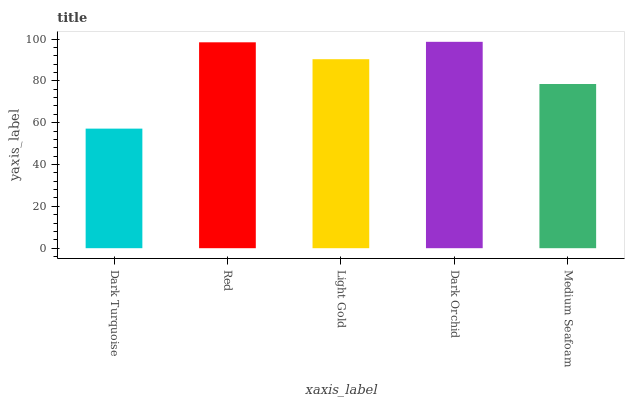
| xaxis_label | bars |
 | --- | --- |
 | Dark Turquoise | 57.2 |
 | Red | 98.4 |
 | Light Gold | 90.3 |
 | Dark Orchid | 98.7 |
 | Medium Seafoam | 78.5 |